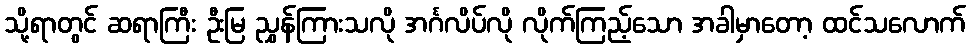
သို့ရာတွင် ဆရာကြီး ဦးမြ ညွှန်ကြားသလို အင်္ဂလိပ်လို လိုက်ကြည့်သော အခါမှာတော့ ထင်သလောက်